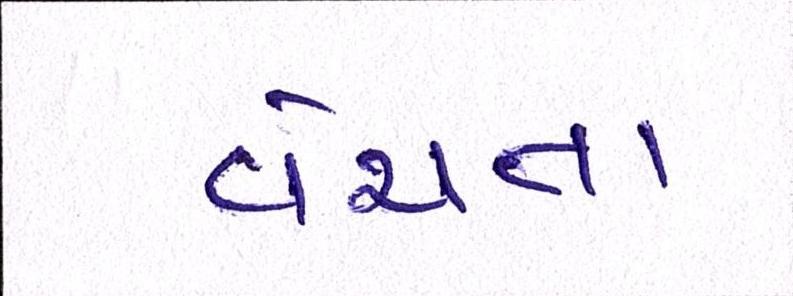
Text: વેચતા